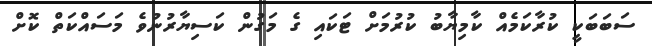
ސަބަބަކީ ކުރާކަމެއް ކާމިޔާބު ކުރުމަށް ޓަކައި ގެ މަގުން ކަސިޔާރުނުވެ މަސައްކަތް ކޮށް